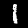
Label: 1